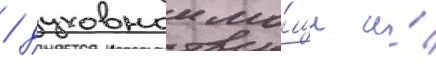
/ духовнои мо́щи и́